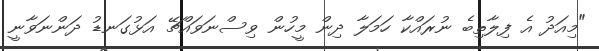
"މިއަދު އެ ފިލާތިބެ ނުރައްކާ ހަމަލާ ދިން މީހުން ވިސްނަވައްޗޭ އަޅުގަނޑު ދަންނަވާނީ